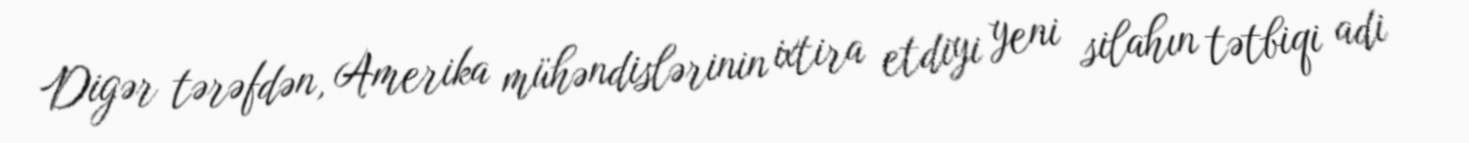
Digər tərəfdən, Amerika mühəndislərinin ixtira etdiyi yeni silahın tətbiqi adi